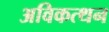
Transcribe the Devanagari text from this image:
अविकत्थन